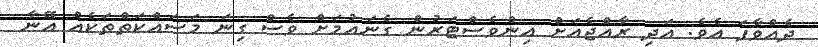
ދެއްވާފަ އެވެ. އަދި ރާއްޖެއަށް އިންވެސްޓަރުން ގެނައުމަށް ވެސް ގިނަ މަސައްކަތްތަކެއް އޭނާ